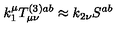
k _ { 1 } ^ { \mu } T _ { \mu \nu } ^ { ( 3 ) a b } \approx k _ { 2 \nu } S ^ { a b }